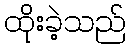
ထိုးခဲ့သည်